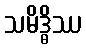
သမိဒ္ဓိဿ